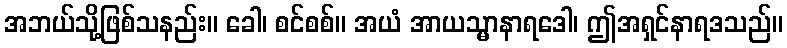
အဘယ်သို့ဖြစ်သနည်း။ ခေါ၊ စင်စစ်။ အယံ အာယသ္မာနာရဒေါ၊ ဤအရှင်နာရဒသည်။